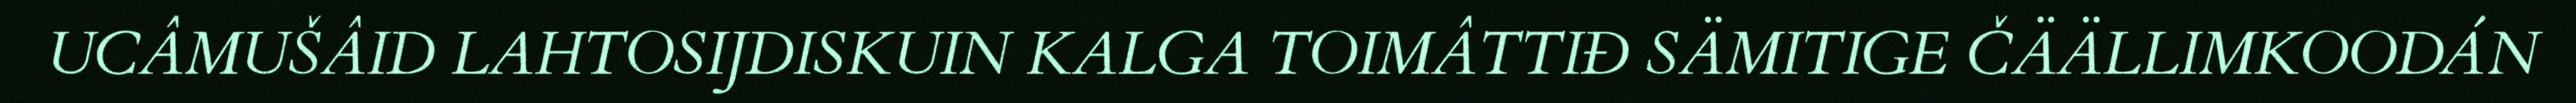
UCÂMUŠÂID LAHTOSIJDISKUIN KALGA TOIMÂTTIĐ SÄMITIGE ČÄÄLLIMKOODÁN